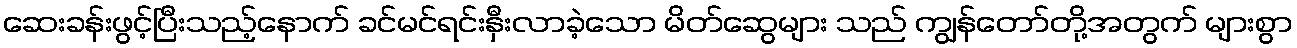
ဆေးခန်းဖွင့်ပြီးသည့်နောက် ခင်မင်ရင်းနှီးလာခဲ့သော မိတ်ဆွေများ သည် ကျွန်တော်တို့အတွက် များစွာ